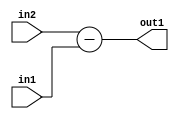
`timescale 1ps / 1ps
/*****************************************************************************
    Verilog RTL Description
    
    
    Created by: Stratus DpOpt 2019.1.01 
*******************************************************************************/

module st_feature_addr_gen_Sub_16Ux1U_17S_4_1 (
	in2,
	in1,
	out1
	); /* architecture "behavioural" */ 
input [15:0] in2;
input  in1;
output [16:0] out1;
wire [16:0] asc001;

assign asc001 = 
	+(in2)
	-(in1);

assign out1 = asc001;
endmodule

/* CADENCE  ubH5Sgo= : u9/ySgnWtBlWxVPRXgAZ4Og= ** DO NOT EDIT THIS LINE ******/